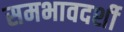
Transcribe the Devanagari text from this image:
समभावदर्शी